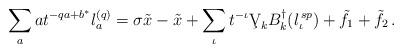
LaTeX: \begin{align*} \sum _{a} at^{-qa +b^*}l_{a}^{(q)}=\sigma\tilde{x}-\tilde{x}+\sum\limits _{\iota }t^{-\iota }\c V_kB^{\dag }_k(l_{\iota }^{\,sp})+\tilde f_1+\tilde f_2\,.\end{align*}